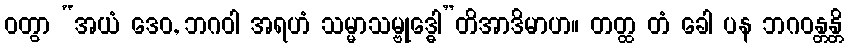
ဝတွာ “အယံ ဒေဝ, ဘဂဝါ အရဟံ သမ္မာသမ္ဗုဒ္ဓေါ”တိအာဒိမာဟ။ တတ္ထ တံ ခေါ ပန ဘဂဝန္တန္တိ